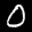
Label: 0